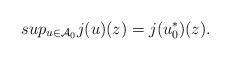
LaTeX: \begin{align*}sup_{u\in\mathcal{A}_0}j(u)(z) = j(u_0^{\ast})(z).\end{align*}